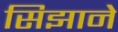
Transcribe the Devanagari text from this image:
सिझाने